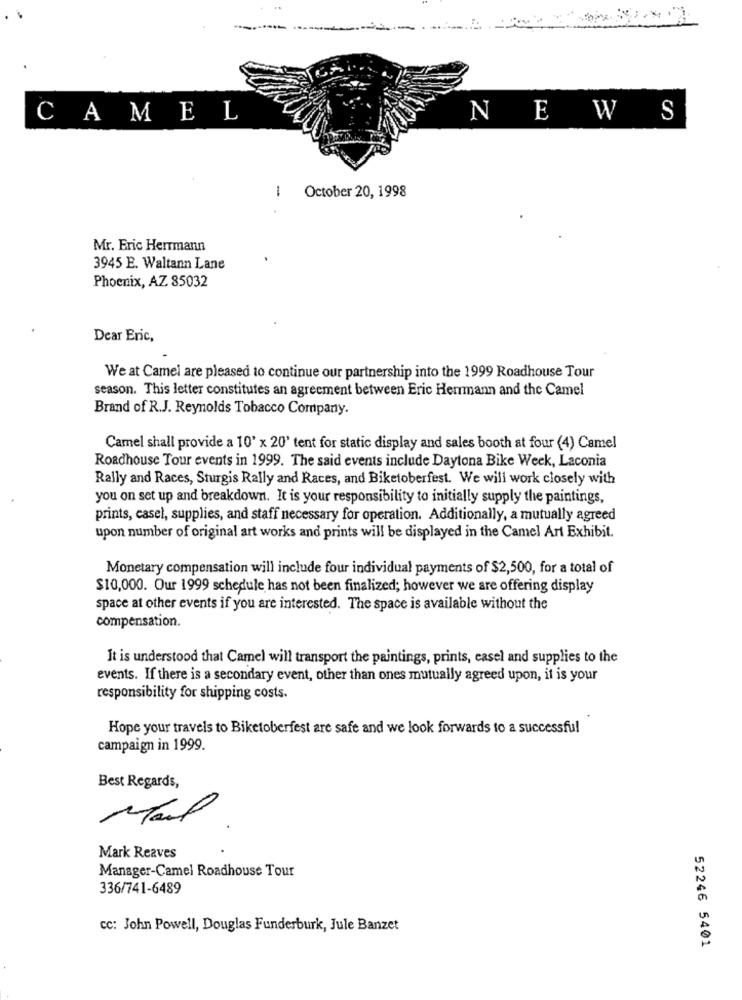
CAMEL
NEWS
-
October 20, 1998
Mr. Eric Herrmann
3945 E. Waltann Lane
Phoenix, AZ 85032
Dear Eric,
We at Camel are pleased to continue our partnership into the 1999 Roadhouse Tour
season. This letter constitutes an agreement between Eric Herrmann and the Camel
Brand of R.J. Reynolds Tobacco Company.
Camel shall provide a 10' x 20' tent for static display and sales booth at four (4) Camel
Roadhouse Tour events in 1999. The said events include Daytona Bike Week, Laconia
Rally and Races, Sturgis Rally and Races, and Biketoberfest. We will work closely with
you on set up and breakdown. It is your responsibility to initially supply the paintings,
prints, casel, supplies, and staff necessary for operation. Additionally, a mutually agreed
upon number of original art works and prints will be displayed in the Camel Art Exhibit.
Monetary compensation will include four individual payments of $2,500, for a total of
$10,000. Our 1999 schedule has not been finalized; however we are offering display
space at other events if you are interested. The space is available without the
compensation.
It is understood that Camel will transport the paintings, prints, casel and supplies to the
events. If there is a secondary event, other than ones mutually agreed upon, it is your
responsibility for shipping costs.
Hope your travels to Biketoberfest are safe and we look forwards to a successful
campaign in 1999.
Best Regards,
Mark Reaves
Manager-Camel Roadhouse Tour
336/741-6489
cc: John Powell, Douglas Funderburk, Jule Banzet
52246 5401